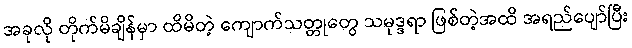
အခုလို တိုက်မိချိန်မှာ ထိမိတဲ့ ကျောက်သတ္တုတွေ သမုဒ္ဒရာ ဖြစ်တဲ့အထိ အရည်ပျော်ပြီး